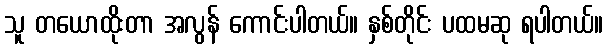
သူ တယောထိုးတာ အလွန် ကောင်းပါတယ်။ နှစ်တိုင်း ပထမဆု ရပါတယ်။